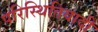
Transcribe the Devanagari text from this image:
परिस्थितिवादी